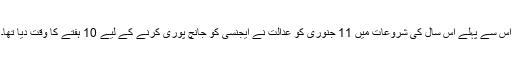
اس سے پہلے اس سال کی شروعات میں 11 جنوری کو عدالت نے ایجنسی کو جانچ پوری کرنے کے لیے 10 ہفتے کا وقت دیا تھا۔